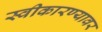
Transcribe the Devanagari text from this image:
स्वीकारण्यावर